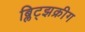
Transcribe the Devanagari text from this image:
ब्लिट्झक्रीग